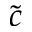
\tilde { c }